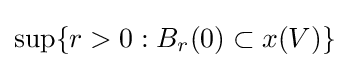
\sup\{r>0:B_{r}(0)\subset x(V)\}